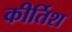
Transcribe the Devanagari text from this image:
कीर्तिश